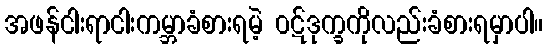
အဖန်ငါးရာငါးကမ္ဘာခံစားရမဲ့ ၀ဋ်ဒုက္ခကိုလည်းခံစားရမှာပါ။